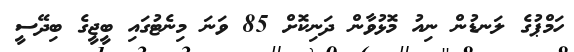
ހަމްޕުގެ ލަނޑުން ނިއު މޮޅުވާން ދަނިކޮށް 85 ވަނަ މިނެޓުގައި ބީޖީގެ ބިދޭސީ